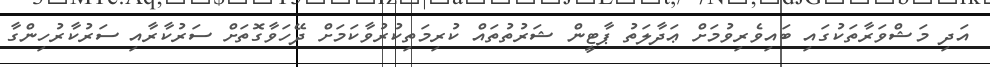
އަދި މަޝްވަރާތަކުގައި ބައިވެރިވުމަށް ޢަދާލަތު ޕާޓީން ޝަރުތުތައް ކުރިމަތިކުރުވާކަމަށް ދޭހަވާގޮތަށް ސަރުކާރާއި ސަރުކާރުހިންގާ